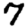
Digit: 7